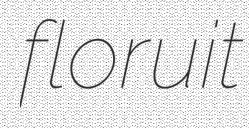
floruit